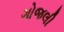
ગોજલી